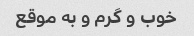
خوب و گرم و به موقع